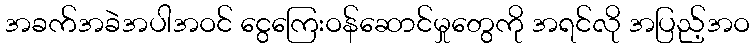
အခက်အခဲအပါအဝင် ငွေကြေးဝန်ဆောင်မှုတွေကို အရင်လို အပြည့်အဝ